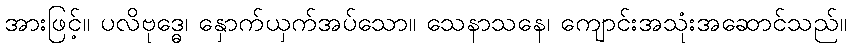
အားဖြင့်။ ပလိဗုဒ္ဓေ၊ နှောက်ယှက်အပ်သော။ သေနာသနေ၊ ကျောင်းအသုံးအဆောင်သည်။